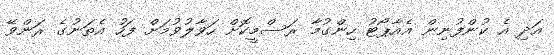
އަދި އެ ކުންފުނިން އެއާޕޯޓު ހިންގުމާ ރަސްމީކޮށް ހަވާލުވުމަށް ފަހު އެތަނުގެ ރަންވޭ